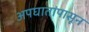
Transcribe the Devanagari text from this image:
अपघातांपासून